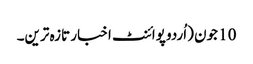
10 جون (اُردو پوائنٹ اخبار تازہ ترین۔